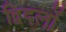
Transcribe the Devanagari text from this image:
द्विदलों